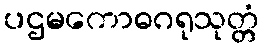
ပဌမကောဓဂရုသုတ္တံ